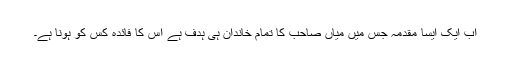
اب ایک ایسا مقدمہ جس میں میاں صاحب کا تمام خاندان ہی ہدف ہے اس کا فائدہ کس کو ہونا ہے۔